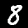
Label: 8